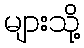
များသို့